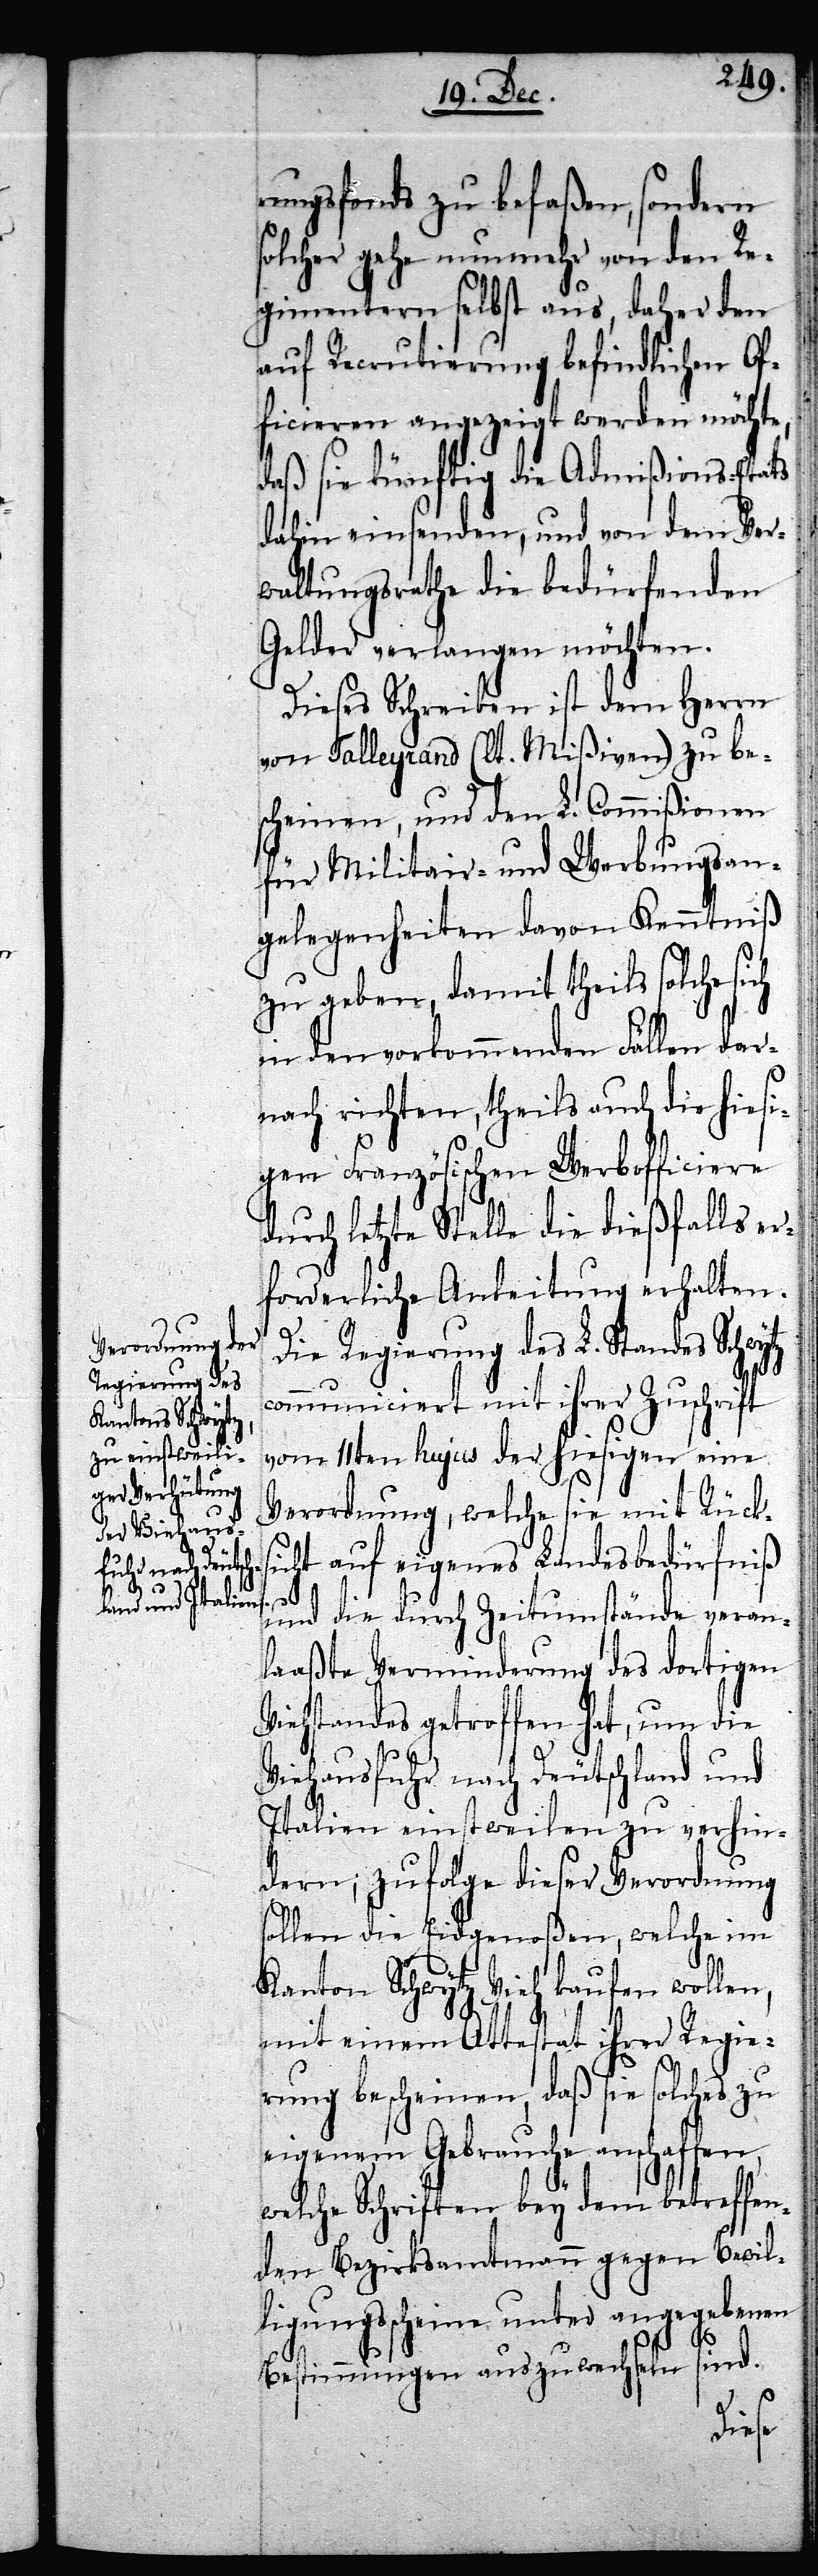
s¬

rungsfonds zu befaßen, sondern
olcher gehe nunmehr von den Re¬
gimentern selbst aus, daher den
auf Recrutierung befindlichen Of¬
ficieren angezeigt werden möchte,
daß sie künftig die Admißions-Etats
dahin einsenden, und von dem Ver¬
waltungsrathe die bedürfenden
Gelder verlangen möchten.
Dieses Schreiben ist dem Herrn
von Talleyrand (lt. Mißiven) zu bes¬
cheinen, und den L. Commißionen
für Militair- und Werbungsan¬
gelegenheiten davon Kenntniß
zu geben, damit theils solche sich
in den vorkommenden Fällen dar¬
nach richten, theils auch die hiesi¬
gen Französischen Werbofficiere
durch letzte Stelle die dießfalls e¬
rforderliche Anleitung erhalten.
Die Regierung des L. Standes Schwytz
communiciert mit ihrer Zuschrift
vom 11ten hujus der hiesigen eine
Verordnung, welche sie mit Rück¬
sicht auf eigenes Landesbedürfniß
und die durch Zeitumstände veran¬
laaßte Verminderung des dortigen
Viehstandes getroffen hat, um die
Viehausfuhr nach Deutschland und
Italien einstweilen zu verhin¬
dern; zufolge dieser Verordnung
sollen die Eidgenoßen, welche im
Kanton Schwytz Vieh kaufen wollen,
mit einem Attestat ihrer Regie¬
rung bescheinen, daß sie solches zu
eigenem Gebrauche anschaffen,
welche Schriften bey dem betreffen¬
den Bezirksamtmann gegen Bewil¬
ligungsscheine unter angegebenen
Bestimmungen auszuwechseln sind.